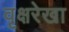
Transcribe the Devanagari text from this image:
वृक्षरेखा